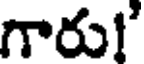
గారు!